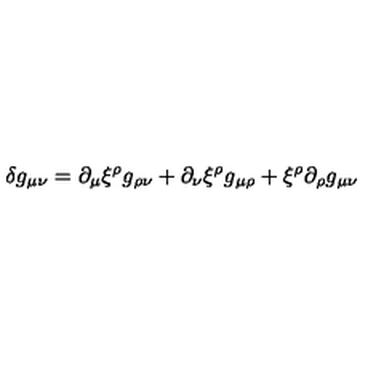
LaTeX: \delta g _ { \mu \nu } = \partial _ { \mu } \xi ^ { \rho } g _ { \rho \nu } + \partial _ { \nu } \xi ^ { \rho } g _ { \mu \rho } + \xi ^ { \rho } \partial _ { \rho } g _ { \mu \nu }